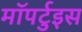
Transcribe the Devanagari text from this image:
मॉपर्टुइस